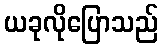
ယခုလိုပြောသည်